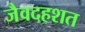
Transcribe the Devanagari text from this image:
जैवदहशत